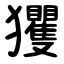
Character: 玃